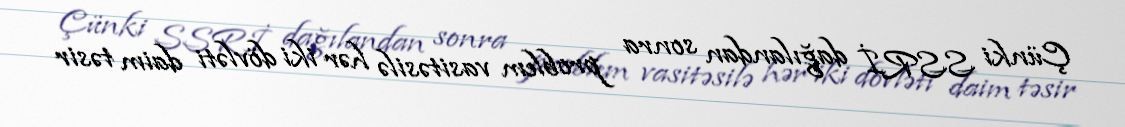
Çünki SSRİ dağılandan sonra problem vasitəsilə hər iki dövləti daim təsir